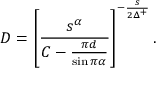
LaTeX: D = \left[ \frac { s ^ { \alpha } } { C - \frac { \pi d } { \sin \pi \alpha } } \right] ^ { - \frac { s } { 2 \Delta ^ { + } } } .